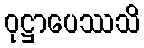
ဝုဋ္ဌာပေဿသိ